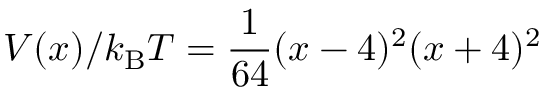
V ( x ) / k _ { \mathrm { B } } T = \frac { 1 } { 6 4 } ( x - 4 ) ^ { 2 } ( x + 4 ) ^ { 2 }